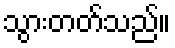
သွားတတ်သည်။